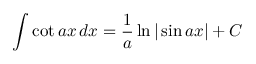
\int \cot a x \, d x = { \frac { 1 } { a } } \ln | \sin a x | + C